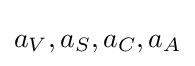
a_{V},a_{S},a_{C},a_{A}